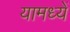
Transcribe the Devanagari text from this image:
यामध्यें